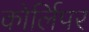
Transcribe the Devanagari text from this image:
कोर्लिपर